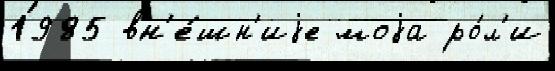
1985 вн'е́шн'иjе моjа ро́л'и